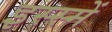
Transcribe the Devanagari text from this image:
इस्स्में